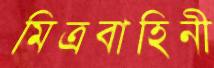
মিত্রবাহিনী